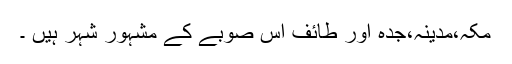
مکہ،مدینہ،جدہ اور طائف اس صوبے کے مشہور شہر ہیں ۔